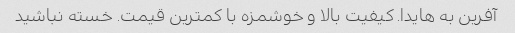
آفرین به هایدا. کیفیت بالا و خوشمزه با کمترین قیمت. خسته نباشید